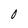
Character: 0